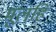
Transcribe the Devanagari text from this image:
मूलहिं